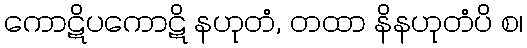
ကောဋိပကောဋိ နဟုတံ, တထာ နိနဟုတံပိ စ၊